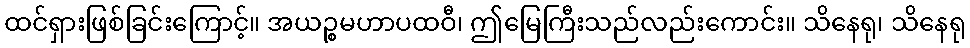
ထင်ရှားဖြစ်ခြင်းကြောင့်။ အယဉ္စမဟာပထဝီ၊ ဤမြေကြီးသည်လည်းကောင်း။ သိနေရု၊ သိနေရု